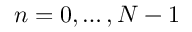
n = 0 , \ldots , N - 1